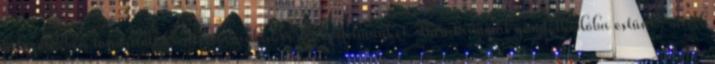
helyzetekben tanúsított kreativitásunkat és szakértelmünket. Barátaimmal gondolkodóba estünk, mivel